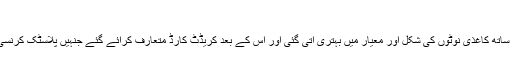
‘‘
وقت کے ساتھ ساتھ کاغذی نوٹوں کی شکل اور معیار میں بہتری آتی گئی اور اس کے بعد کریڈٹ کارڈ متعارف کرائے گئے جنہیں پلاسٹک کرنسی کا نام دیا گیا۔